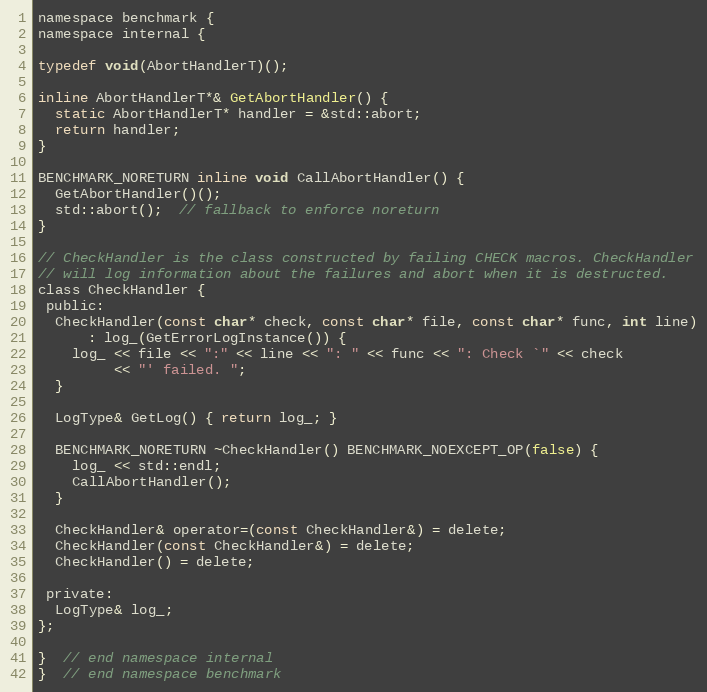
Language: C
namespace benchmark {
namespace internal {

typedef void(AbortHandlerT)();

inline AbortHandlerT*& GetAbortHandler() {
  static AbortHandlerT* handler = &std::abort;
  return handler;
}

BENCHMARK_NORETURN inline void CallAbortHandler() {
  GetAbortHandler()();
  std::abort();  // fallback to enforce noreturn
}

// CheckHandler is the class constructed by failing CHECK macros. CheckHandler
// will log information about the failures and abort when it is destructed.
class CheckHandler {
 public:
  CheckHandler(const char* check, const char* file, const char* func, int line)
      : log_(GetErrorLogInstance()) {
    log_ << file << ":" << line << ": " << func << ": Check `" << check
         << "' failed. ";
  }

  LogType& GetLog() { return log_; }

  BENCHMARK_NORETURN ~CheckHandler() BENCHMARK_NOEXCEPT_OP(false) {
    log_ << std::endl;
    CallAbortHandler();
  }

  CheckHandler& operator=(const CheckHandler&) = delete;
  CheckHandler(const CheckHandler&) = delete;
  CheckHandler() = delete;

 private:
  LogType& log_;
};

}  // end namespace internal
}  // end namespace benchmark